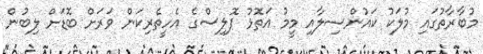
މުބާރާތުގައި މުލަކު ކައުންސިލާއި މީމު އަތޮޅު ޕޮލިސްގެ އެހީތެރިކަން ވަރަށް ބޮޑަށް ލިބުން